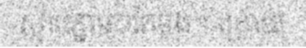
ស្លាប់ភ្លាមៗតែម្តង។ ក្រោយ